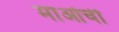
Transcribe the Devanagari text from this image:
माओची